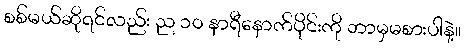
စစ်မယ်ဆိုရင်လည်း ည ၁၀ နာရီနောက်ပိုင်းကို ဘာမှမစားပါနဲ့။